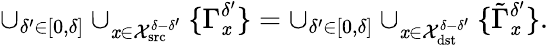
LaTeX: \cup_{\delta^{\prime}\in[0,\delta]}\cup_{\mathit{x}\in\mathcal{{X}}_{\textrm{{src}}}^{\delta-\delta^{\prime}}}\{ \Gamma_{\mathit{x}}^{\delta^{\prime}}\} =\cup_{\delta^{\prime}\in[0,\delta]}\cup_{\mathit{x}\in\mathcal{{X}}_{\textrm{{dst}}}^{\delta-\delta^{\prime}}}\{ \tilde{{\Gamma}}_{\mathit{x}}^{\delta^{\prime}}\} .